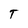
Character: T